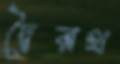
দ্বৈরথ